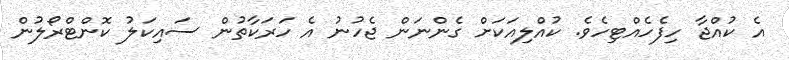
އެ ކުއްޖާ ހިފެހެއްޓިހެވެ. ކުއްލިއަކަށް ގެންނަން ޖެހުނު އެ ހަރަކާތުން ސައިކަލު ކޮންޓްރޯލުން